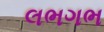
લભગભ